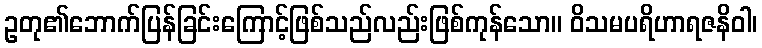
ဥတု၏ဘောက်ပြန်ခြင်းကြောင့်ဖြစ်သည်လည်းဖြစ်ကုန်သော။ ဝိသမပရိဟာရဇနိဝါ၊